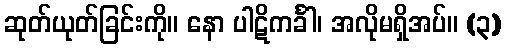
ဆုတ်ယုတ်ခြင်းကို။ နော ပါဋိကင်္ခါ၊ အလိုမရှိအပ်။ (၃)